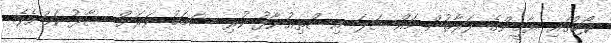
ކޯޓުގައި ޔާމީންގެ ފަރާތުން މައްސަލަ އިސްތިއުނާފު ކުރި ސަބަބު ވަރަށް ސާފު ކަމަށެވެ.